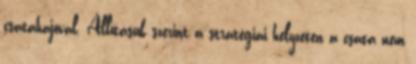
csatahajóval. Állításuk szerint a stratégiai helyzeten a csata nem